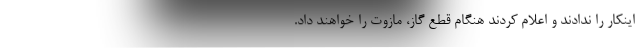
اینکار را ندادند و اعلام کردند هنگام قطع گاز، مازوت را خواهند داد.